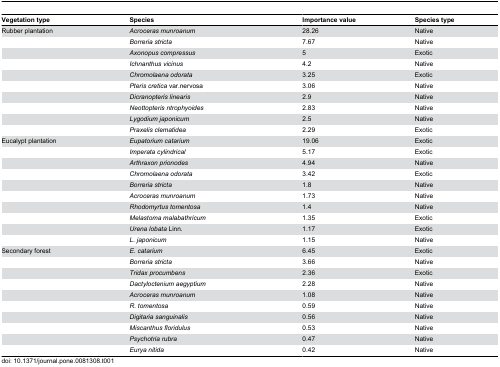
<table><thead><tr><td><b>Vegetation type</b></td><td><b>Species</b></td><td><b>Importance value</b></td><td><b>Species type</b></td></tr></thead><tbody><tr><td>Rubber plantation</td><td><i>Acroceras munroanum</i></td><td>28.26</td><td>Native</td></tr><tr><td></td><td><i>Borreria stricta</i></td><td>7.67</td><td>Native</td></tr><tr><td></td><td><i>Axonopus compressus</i></td><td>5</td><td>Exotic</td></tr><tr><td></td><td><i>Ichnanthus vicinus</i></td><td>4.2</td><td>Native</td></tr><tr><td></td><td><i>Chromolaena odorata</i></td><td>3.25</td><td>Exotic</td></tr><tr><td></td><td><i>Pteris cretica</i> var.nervosa</td><td>3.06</td><td>Native</td></tr><tr><td></td><td><i>Dicranopteris linearis</i></td><td>2.9</td><td>Native</td></tr><tr><td></td><td><i>Neottopteris ntrophyoides</i></td><td>2.83</td><td>Native</td></tr><tr><td></td><td><i>Lygodium japonicum</i></td><td>2.5</td><td>Native</td></tr><tr><td></td><td><i>Praxelis clematidea</i></td><td>2.29</td><td>Exotic</td></tr><tr><td>Eucalypt plantation</td><td><i>Eupatorium catarium</i></td><td>19.06</td><td>Exotic</td></tr><tr><td></td><td><i>Imperata cylindrical</i></td><td>5.17</td><td>Exotic</td></tr><tr><td></td><td><i>Arthraxon prionodes</i></td><td>4.94</td><td>Native</td></tr><tr><td></td><td><i>Chromolaena odorata</i></td><td>3.42</td><td>Exotic</td></tr><tr><td></td><td><i>Borreria stricta</i></td><td>1.8</td><td>Native</td></tr><tr><td></td><td><i>Acroceras munroanum</i></td><td>1.73</td><td>Native</td></tr><tr><td></td><td><i>Rhodomyrtus tomentosa</i></td><td>1.4</td><td>Native</td></tr><tr><td></td><td><i>Melastoma malabathricum</i></td><td>1.35</td><td>Exotic</td></tr><tr><td></td><td><i>Urena lobata</i> Linn.</td><td>1.17</td><td>Exotic</td></tr><tr><td></td><td><i>L. japonicum</i></td><td>1.15</td><td>Native</td></tr><tr><td>Secondary forest</td><td><i>E. catarium</i></td><td>6.45</td><td>Exotic</td></tr><tr><td></td><td><i>Borreria stricta</i></td><td>3.66</td><td>Native</td></tr><tr><td></td><td><i>Tridax procumbens</i></td><td>2.36</td><td>Exotic</td></tr><tr><td></td><td><i>Dactyloctenium aegyptium</i></td><td>2.28</td><td>Native</td></tr><tr><td></td><td><i>Acroceras munroanum</i></td><td>1.08</td><td>Native</td></tr><tr><td></td><td><i>R. tomentosa</i></td><td>0.59</td><td>Native</td></tr><tr><td></td><td><i>Digitaria sanguinalis</i></td><td>0.56</td><td>Native</td></tr><tr><td></td><td><i>Miscanthus floridulus</i></td><td>0.53</td><td>Native</td></tr><tr><td></td><td><i>Psychotria rubra</i></td><td>0.47</td><td>Native</td></tr><tr><td></td><td><i>Eurya nitida</i></td><td>0.42</td><td>Native</td></tr></tbody></table>